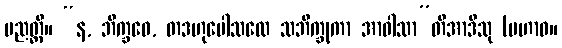
ပညတ္တိ။ “န, ဘိက္ခဝေ, တဒဟုပေါသထေ သဘိက္ခုကာ အာဝါသာ”တိအာဒီသု (မဟာဝ။